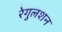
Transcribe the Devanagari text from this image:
रेगुलशन